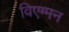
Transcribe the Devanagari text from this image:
विएग्मन